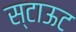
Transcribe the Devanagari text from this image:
स्टाऊट